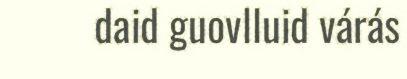
daid guovlluid várás